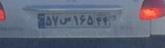
۵۷س۱۶۵۴۴